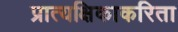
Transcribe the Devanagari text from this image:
प्रात्यक्षिकाकरिता